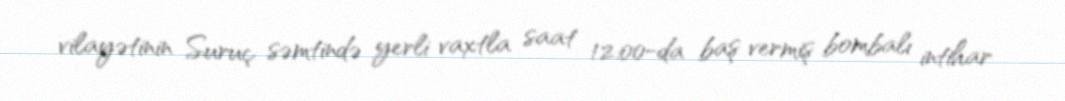
vilayətinin Suruç səmtində yerli vaxtla saat 12:00-da baş vermiş bombalı intihar